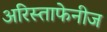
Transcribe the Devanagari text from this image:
अरिस्ताफेनीज